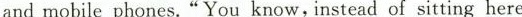
and mobile phones."You know,instead of sitting here